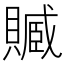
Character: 𧷢